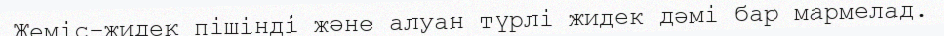
Жеміс-жидек пішінді және алуан түрлі жидек дәмі бар мармелад.